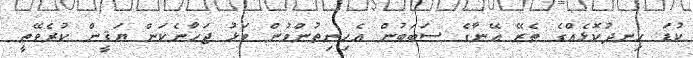
ކުޑަ ހިނދުކޮޅެއްގެ ތެރޭ އޭނާގެ ސަބަބުން އެހިނިތުންވުން ވަޅު ޖަހާނެކަން ޔަޤީން ކުރެވޭތީ